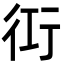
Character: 𮕢